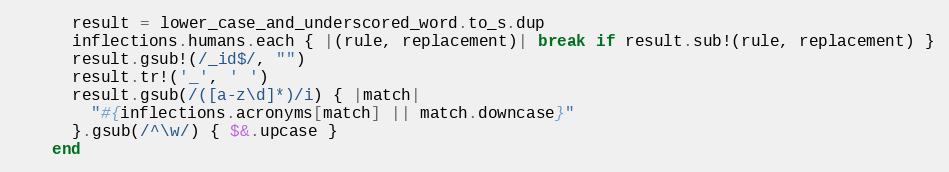
Language: Ruby
      result = lower_case_and_underscored_word.to_s.dup
      inflections.humans.each { |(rule, replacement)| break if result.sub!(rule, replacement) }
      result.gsub!(/_id$/, "")
      result.tr!('_', ' ')
      result.gsub(/([a-z\d]*)/i) { |match|
        "#{inflections.acronyms[match] || match.downcase}"
      }.gsub(/^\w/) { $&.upcase }
    end